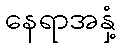
နေရာအနှံ့